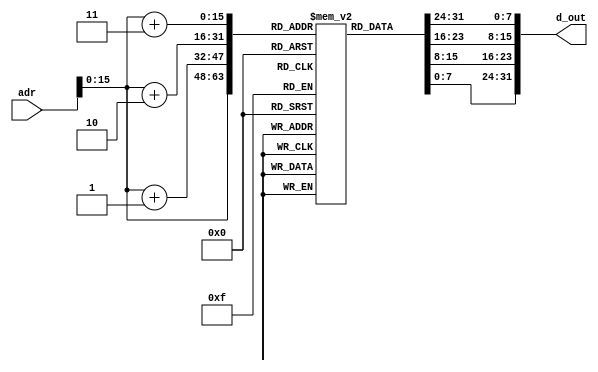
module inst_mem (adr, d_out);
  input [31:0] adr;
  output [31:0] d_out;
  
  reg [7:0] mem[0:65535];
  
  initial
  begin
    //         add    R10, R0, R0
    //         addi   R1,  R0, 20
    // Loop:   beq    R1,  R0, END
    //         lw     R11, 100(R1)
    //    	    add    R10, R10, R11
    //         addi   R1, R1, -4
    //         beq    R0, R0, Loop
    // END:    sw     R10, 200(R0)
    
    {mem[3], mem[2], mem[1], mem[0]}     = {6'h00, 5'd0, 5'd0, 5'd10, 5'd0, 6'h20};   
    {mem[7], mem[6], mem[5], mem[4]}     = {6'h09, 5'd0, 5'd1, 16'd20};               
    {mem[11], mem[10], mem[9], mem[8]}   = {6'h04, 5'd1, 5'd0, 16'd4};                
    {mem[15], mem[14], mem[13], mem[12]} = {6'h23, 5'd1, 5'd11, 16'd100};           
    {mem[19], mem[18], mem[17], mem[16]} = {6'h00, 5'd10, 5'd11, 5'd10, 5'd0, 6'h20}; 
    {mem[23], mem[22], mem[21], mem[20]} = {6'h09, 5'd1, 5'd1, -16'd4};               
    {mem[27], mem[26], mem[25], mem[24]} = {6'h04, 5'd0, 5'd0, -16'd5};               
    {mem[31], mem[30], mem[29], mem[28]} = {6'h2B, 5'd0, 5'd10, 16'd200};           	 
    
  end
  
  assign d_out = {mem[adr[15:0]+3], mem[adr[15:0]+2], mem[adr[15:0]+1], mem[adr[15:0]]};
  
endmodule